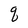
Character: q